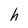
Character: h